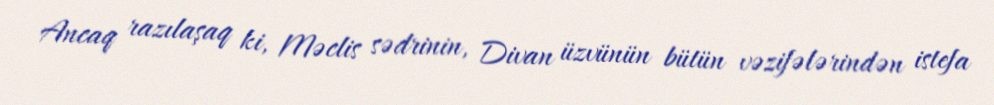
Ancaq razılaşaq ki, Məclis sədrinin, Divan üzvünün bütün vəzifələrindən istefa